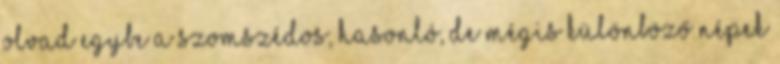
olvad egybe a szomszédos, hasonló, de mégis különböző népek